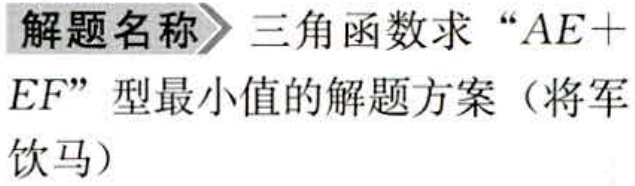
解题名称 三角函数求 “\(AE + EF\)” 型最小值的解题方案（将军饮马）